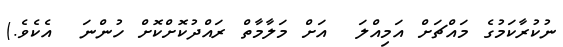
ނުކުރާކަމުގެ މައްޗަށް އަމިއްލަ  އަށް މަލާމާތް ރައްދުކޮށްކޮށް ހުންނަ  އެކެވެ.)